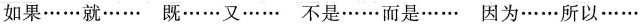
如果……就…… 既……又…… 不是……而是…… 因为……所以……